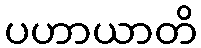
ပဟာယာတိ